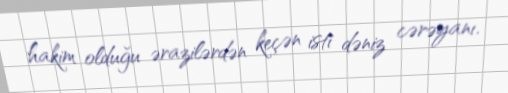
hakim olduğu ərazilərdən keçən isti dəniz cərəyanı.